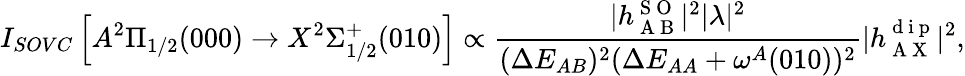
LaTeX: I_{SOVC}\left[A^{2}\Pi_{1/2}(000)\rightarrow X^{2}\Sigma_{1/2}^{+}(010)\right]\propto\frac{|h_{\mathrm{~A~B~}}^{\mathrm{~S~O~}}|^{2}|\lambda|^{2}}{(\Delta E_{AB})^{2}(\Delta E_{AA}+\omega^{A}(010))^{2}}|h_{\mathrm{~A~X~}}^{\mathrm{~d~i~p~}}|^{2},